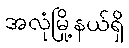
အလုံမြို့နယ်ရှိ